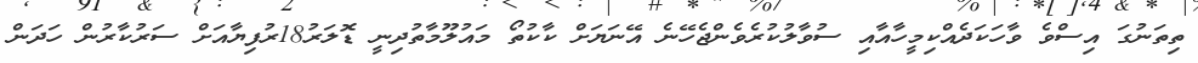
ތިތަނުގަ އިސްވެ ވާހަކަދެއްކިމީހާއާއި ސުވާލުކުރެވެންޖެހޭނެ އޭނަޔަށް ކާކުތޯ މައުލޫމާތުދިނީ ޑޮލަރު18ރުފިޔާއަށް ސަރުކާރުން ހަދަން